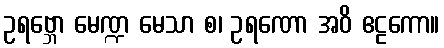
ဥရဗ္ဘော မေဏ္ဍ မေသာ စ၊ ဥရဏော အဝိ ဧဠကော။